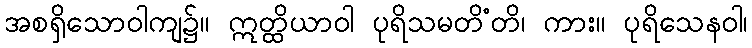
အစရှိသောဝါကျ၌။ ဣတ္ထိယာဝါ ပုရိသမတိံတိ၊ ကား။ ပုရိသေနဝါ၊